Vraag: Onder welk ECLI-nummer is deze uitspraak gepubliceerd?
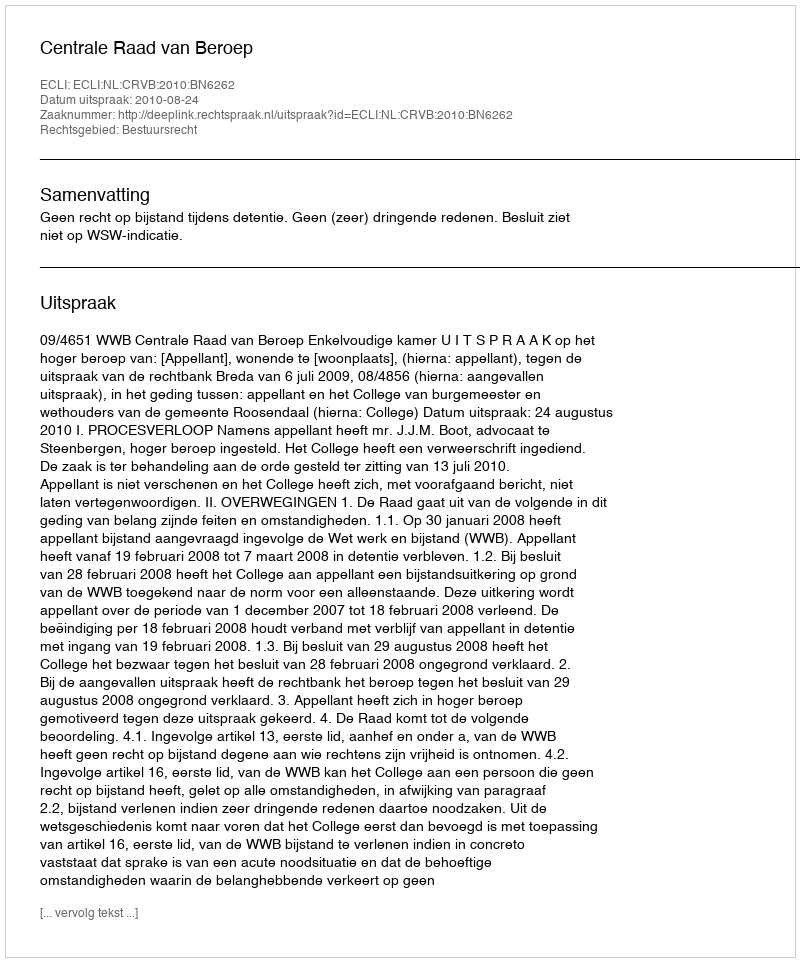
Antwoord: ECLI:NL:CRVB:2010:BN6262